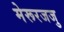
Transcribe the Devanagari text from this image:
मेरूरजजु